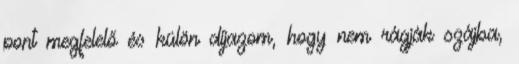
pont megfelelő és külön díjazom, hogy nem rágják szájba,